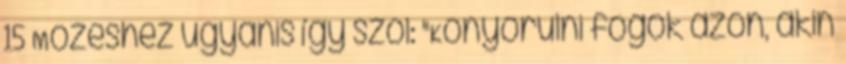
15 Mózeshez ugyanis így szól: "Könyörülni fogok azon, akin